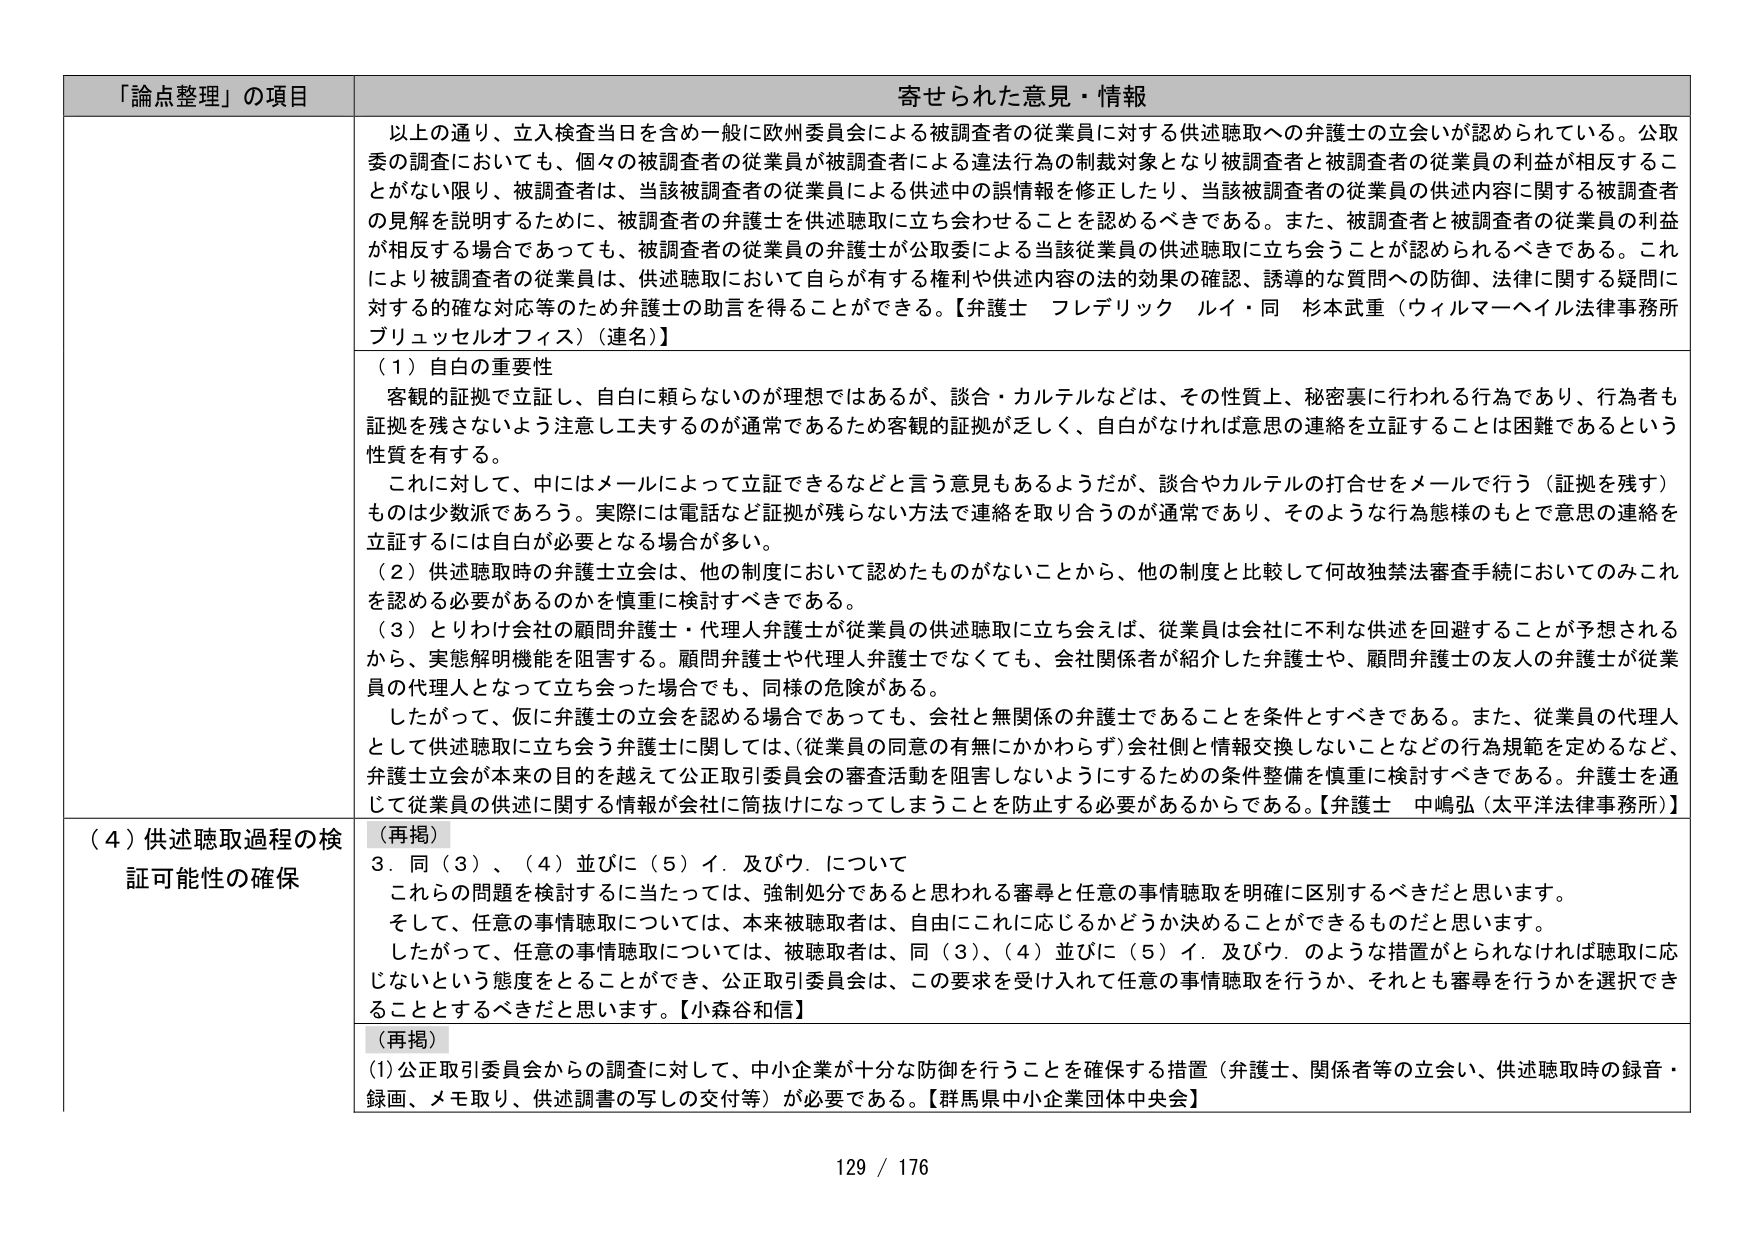
「論点整理」の項目 寄せられた意見・情報

以上の通り、立入検査当日を含め一般に欧州委員会による被調査者の従業員に対する供述聴取への弁護士の立会いが認められている。公取委の調査においても、個々の被調査者の従業員が被調査者による違法行為の制裁対象となり被調査者と被調査者の従業員の利益が相反することがない限り、被調査者は、当該被調査者の従業員による供述中の誤情報を修正したり、当該被調査者の従業員の供述内容に関する被調査者の見解を説明するために、被調査者の弁護士を供述聴取に立ち会わせることを認めるべきである。また、被調査者と被調査者の従業員の利益が相反する場合であっても、被調査者の従業員の弁護士が公取委による当該従業員の供述聴取に立ち会うことが認められるべきである。これにより被調査者の従業員は、供述聴取において自らが有する権利や供述内容の法的効果の確認、誘導的な質問への防御、法律に関する疑問に対する的確な対応等のため弁護士の助言を得ることができる。【弁護士 フレデリック ルイ・同 杉本武重（ウィルマーヘイル法律事務所 ブリュッセルオフィス）（連名）】

（1）自白の重要性
客観的証拠で立証し、自白に頼らないのが理想ではあるが、談合・カルテルなどは、その性質上、秘密裏に行われる行為であり、行為者も証拠を残さないよう注意し工夫するのが通常であるため客観的証拠が乏しく、自白がなければ意思の連絡を立証することは困難であるという性質を有する。
これに対して、中にはメールによって立証できるなどと言う意見もあるようだが、談合やカルテルの打合せをメールで行う（証拠を残す）ものは少数派であろう。実際には電話など証拠が残らない方法で連絡を取り合うのが通常であり、そのような行為様式のもとで意思の連絡を立証するには自白が必要となる場合が多い。
（2）供述聴取時の弁護士立会は、他の制度において認めたものがないことから、他の制度と比較して何故独禁法審査手続においてのみこれを認める必要があるのかを慎重に検討すべきである。
（3）とりわけ会社の顧問弁護士・代理人弁護士が従業員の供述聴取に立ち会えば、従業員は会社に不利な供述を回避することが予想されるから、実態解明機能を阻害する。顧問弁護士や代理人弁護士でなくても、会社関係者が紹介した弁護士や、顧問弁護士の友人の弁護士が従業員の代理人となって立ち会った場合でも、同様の危険がある。
したがって、仮に弁護士の立会を認める場合であっても、会社と無関係の弁護士であることを条件とすべきである。また、従業員の代理人として供述聴取に立ち会う弁護士に関しては、（従業員の同意の有無にかかわらず）会社側と情報交換しないことなどの行為規範を定めるなど、弁護士立会が本来の目的を越えて公正取引委員会の審査活動を阻害しないようにするための条件整備を慎重に検討すべきである。弁護士を通じて従業員の供述に関する情報が会社に筒抜けになってしまうことを防止する必要があるからである。【弁護士 中嶋弘（太平洋法律事務所）】

（4）供述聴取過程の検証可能性の確保
（再掲）
3．同（3）、（4）並びに（5）イ．及びウ．について
これらの問題を検討するに当たっては、強制処分であると思われる審尋と任意の事情聴取を明確に区別するべきだと思います。
そして、任意の事情聴取については、本来被聴取者は、自由にこれに応じるかどうか決めることができるものだと思います。
したがって、任意の事情聴取については、被聴取者は、同（3）、（4）並びに（5）イ．及びウ．のような措置がとられなければ聴取に応じないという態度をとることができ、公正取引委員会は、この要求を受け入れて任意の事情聴取を行うか、それとも審尋を行うかを選択できることとするべきだと思います。【小森谷和信】

（再掲）
(1)公正取引委員会からの調査に対して、中小企業が十分な防御を行うことを確保する措置（弁護士、関係者等の立会い、供述聴取時の録音・録画、メモ取り、供述調書の写しの交付等）が必要である。【群馬県中小企業団体中央会】

129 / 176